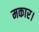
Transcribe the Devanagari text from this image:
मकार।